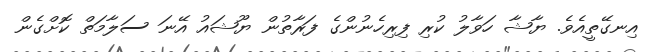
އިނގޭތީއެވެ. ޔާޝާ ހަވާލު ކުރި ފިރިހެނުންގެ ފަރާތުން ޔޫޝައު އޭނަ ސަލާމަތް ކޮށްގެން